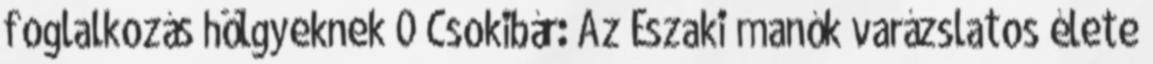
foglalkozás hölgyeknek 0 Csokibár: Az Északi manók varázslatos élete